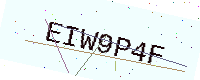
Text: EIW9P4F